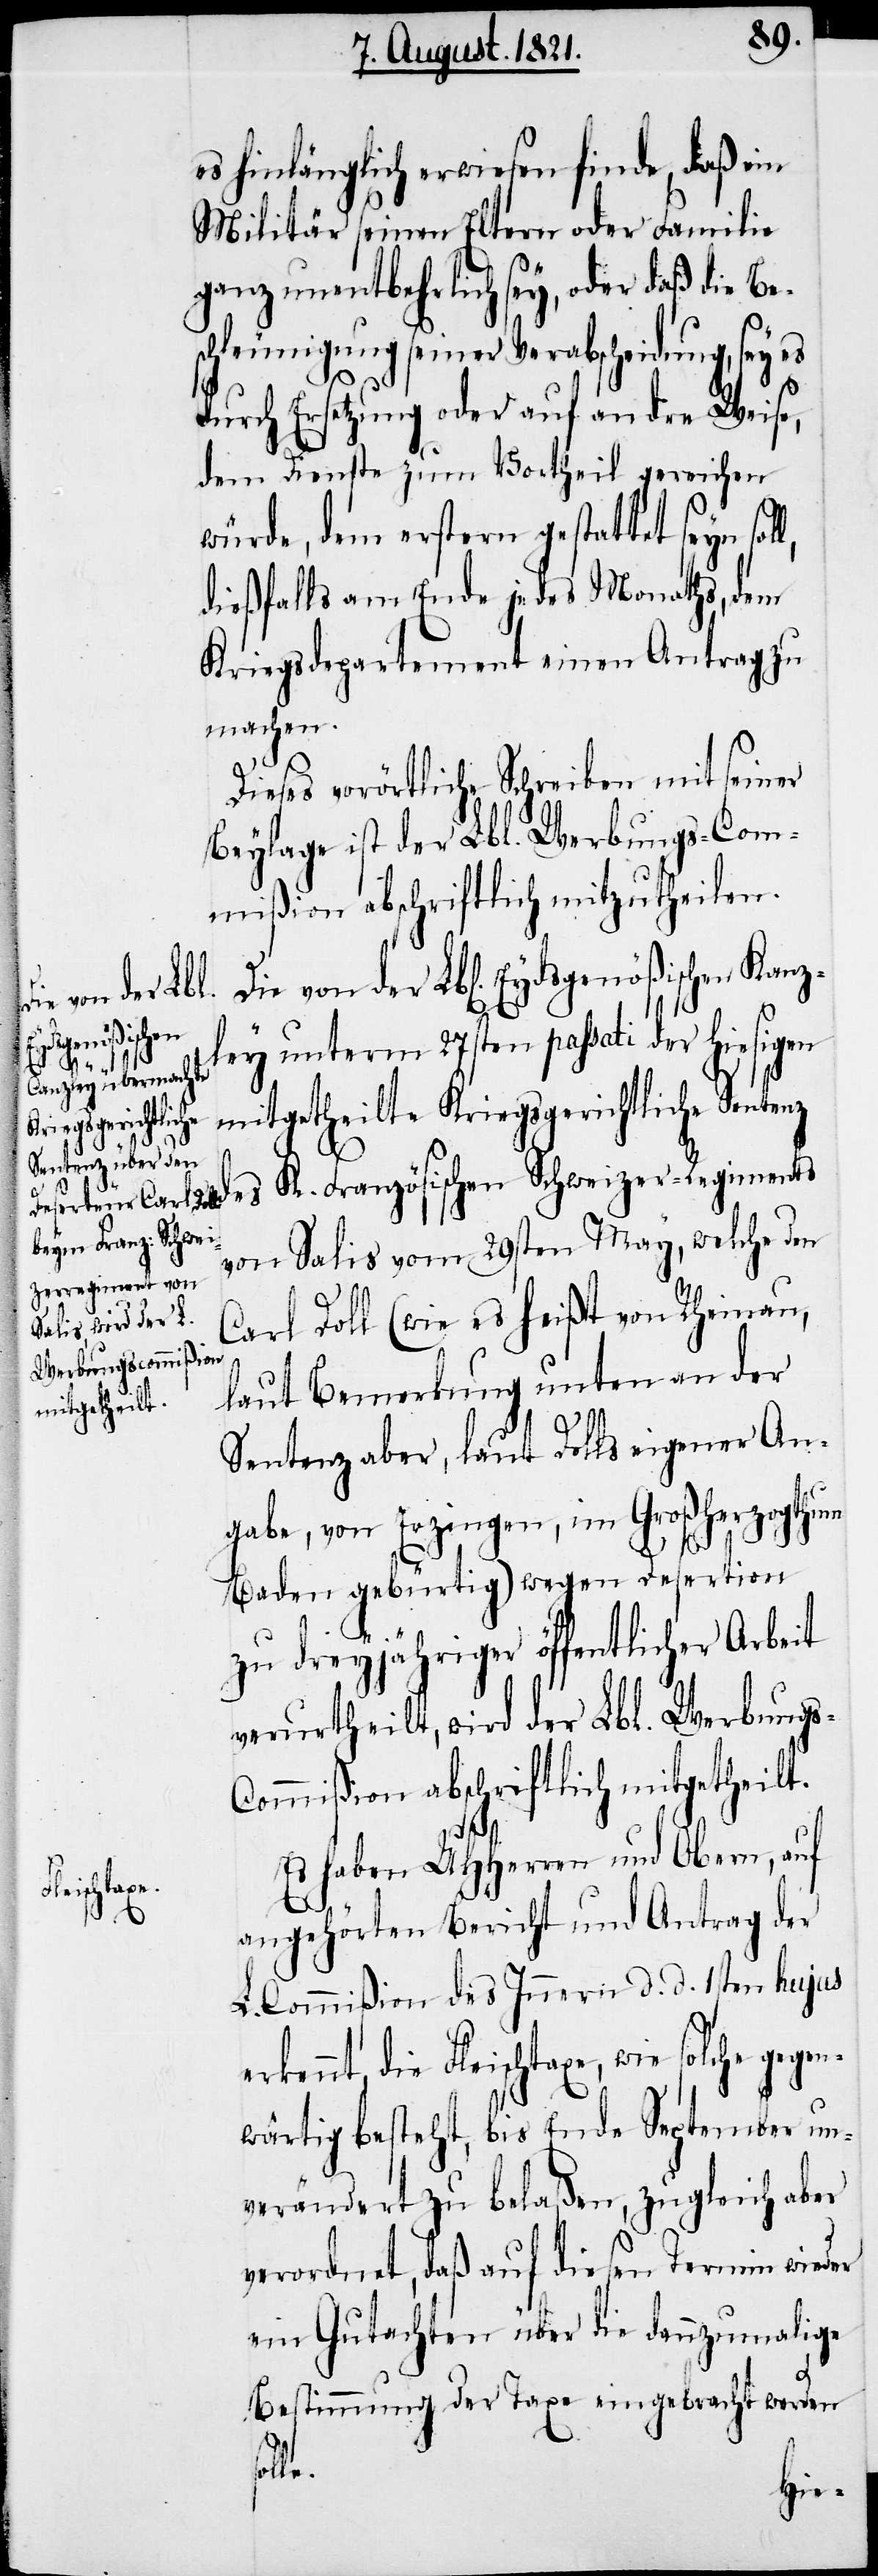
l,
solche gegen¬
s-C¬
Fleischtaxe,

es hinlänglich erwiesen finde, daß ein
Militär seinen Eltern oder Familie
ganz unentbehrlich sey, oder daß die Be¬
schleunigung seiner Verabscheidung, sey
durch Ersetzung oder auf andre Weise,
dem Dienste zum Vortheil gereichen
würde, dem erstern gestattet seyn sol¬
dießfalls am Ende jedes Monaths, dem
Kriegsdepartement einen Antrag zu
machen.
Dieses vorörtliche Schreiben mit seiner
Beylage ist der Lbl. Werbungs-Com¬
mißion abschriftlich mitzutheilen.
Die von der Lbl. Eydsgenößischen Kanz¬
ley unterm 27sten passati der hie¬
mitgetheilte Kriegsgerichtliche Sentenz
des K. Französischen Schweizer-Regiments
von Salis vom 29sten May, welche den
Carl Doll (wie es heißt von Rheinau,
laut Bemerkung unten an der
Sentenz aber, laut Dolls eigener An¬
gabe, von Erzingen, im Großherzogthum
Baden gebürtig) wegen Desertion
zu dreyjähriger öffentlicher Arbeit
verurtheilt, wird der Lbl. Werbung¬
ommißion abschriftlich mitgetheilt.
Es haben UHHerren und Obern, auf
angehörten Bericht und Antrag der
L. Commißion des Innern d. d. 1ten hujus
wärtig besteht, bis Ende September un¬
verändert zu belaßen, zugleich aber
verordnet, daß auf diesen Termin wieder
Gutachten über die dannzumalige
Bestimmung der Taxe eingebracht werden
le.